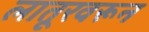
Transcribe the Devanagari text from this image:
लातूरवरून